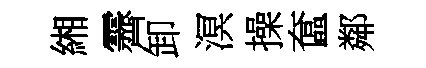
緗霽卸溟操奩鄰